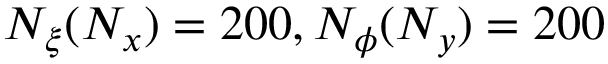
N _ { \xi } ( N _ { x } ) = 2 0 0 , N _ { \phi } ( N _ { y } ) = 2 0 0